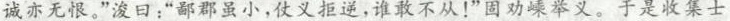
诚亦无恨。”浚日：“鄙郡虽小，仗义拒逆，谁敢不从！”固劝嵊举义。于是收集士